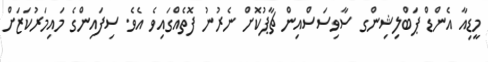
މީޑިއާ އެންޑް ޕަބްލިޝިންގ ސާވިސަސްއިން ޗާޕުކޮށް ނެރުނު ފޮތެއްގައިވެ އެވެ. ސިފައިންގެ މައިމަރުކަޒަށް